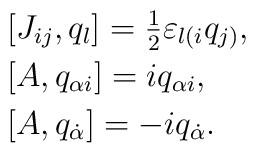
\begin{array}{l}[J_{ij},q_l]=\frac{1}{2}\varepsilon_{l(i}q_{j)}, \\ [1mm] [A,q_{\alpha i}]=iq_{\alpha i},\\[1mm] [A,q_{\dot \alpha }]=-iq_{\dot \alpha }.\end{array}